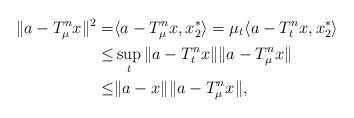
LaTeX: \begin{align*}\|a - T_{\mu}^{n}x\|^{2} =& \langle a - T_{\mu}^{n}x , x_{2}^{*} \rangle= \mu_{t} \langle a - T_{t}^{n}x , x_{2}^{*} \rangle \\ \leq & \sup_{t}\|a - T_{t}^{n}x\|\|a - T_{\mu}^{n}x\| \\ \leq & \|a-x\|\|a - T_{\mu}^{n}x\|,\end{align*}